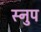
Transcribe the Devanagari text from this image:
स्नुप